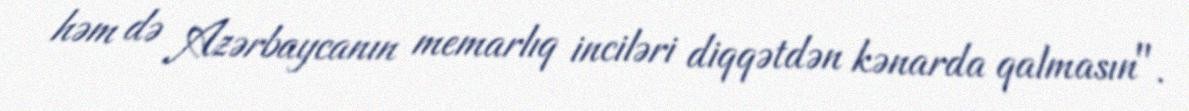
həm də Azərbaycanın memarlıq inciləri diqqətdən kənarda qalmasın".